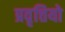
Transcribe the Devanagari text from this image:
प्रवृत्तियो